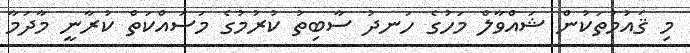
މި ޤައުމުތަކުން ޝައްވާލް މަހުގެ ހަނދު ސާބިތު ކުރުމުގެ މަސައްކަތް ކުރާނީ މާދަމާ